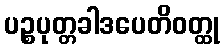
ပဉ္စပုတ္တခါဒပေတိဝတ္ထု